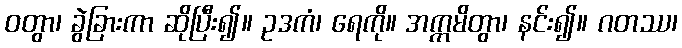
ဝတွာ၊ ခွဲခြားကာ ဆိုပြီး၍။ ဥဒကံ၊ ရေကို။ အက္ကမိတွာ၊ နင်း၍။ ဂတဿ၊